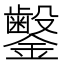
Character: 𬬜